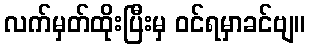
လက်မှတ်ထိုးပြီးမှ ဝင်ရမှာခင်ဗျ။